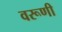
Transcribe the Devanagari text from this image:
वरूणी